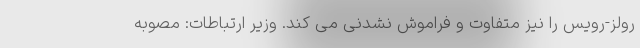
رولز-رویس را نیز متفاوت و فراموش نشدنی می کند. وزیر ارتباطات: مصوبه